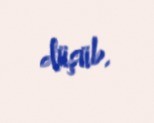
düşüb.